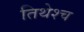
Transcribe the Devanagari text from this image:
तिथेश्च